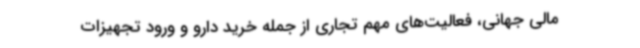
مالی جهانی، فعالیت‌های مهم تجاری از جمله خرید دارو و ورود تجهیزات